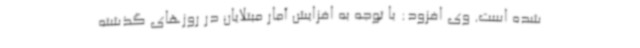
شده است. وی افزود: با توجه به افزایش آمار مبتلایان در روزهای گذشته